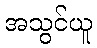
အသွင်ယူ